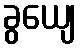
ခွယျေ